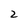
Character: 2